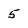
Character: 5